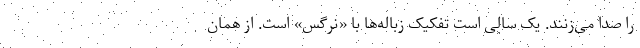
را صدا می‌زنند. یک‌ سالی است تفکیک زباله‌ها با «نرگس» است. از همان